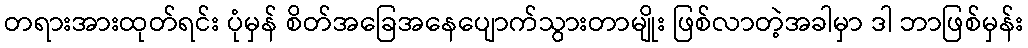
တရားအားထုတ်ရင်း ပုံမှန် စိတ်အခြေအနေပျောက်သွားတာမျိုး ဖြစ်လာတဲ့အခါမှာ ဒါ ဘာဖြစ်မှန်း